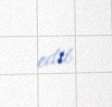
edib.